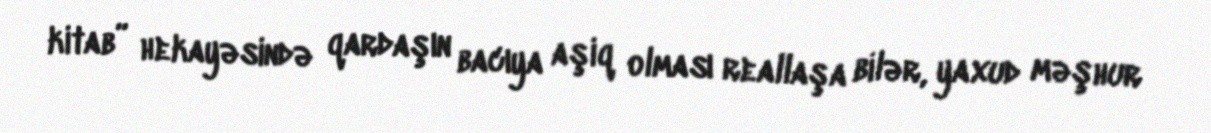
kitab” hekayəsində qardaşın bacıya aşiq olması reallaşa bilər, yaxud məşhur